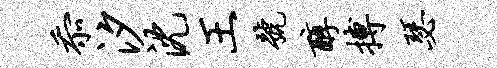
忝汐沈王号醇搏瑟